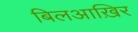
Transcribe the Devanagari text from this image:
बिलआख़िर